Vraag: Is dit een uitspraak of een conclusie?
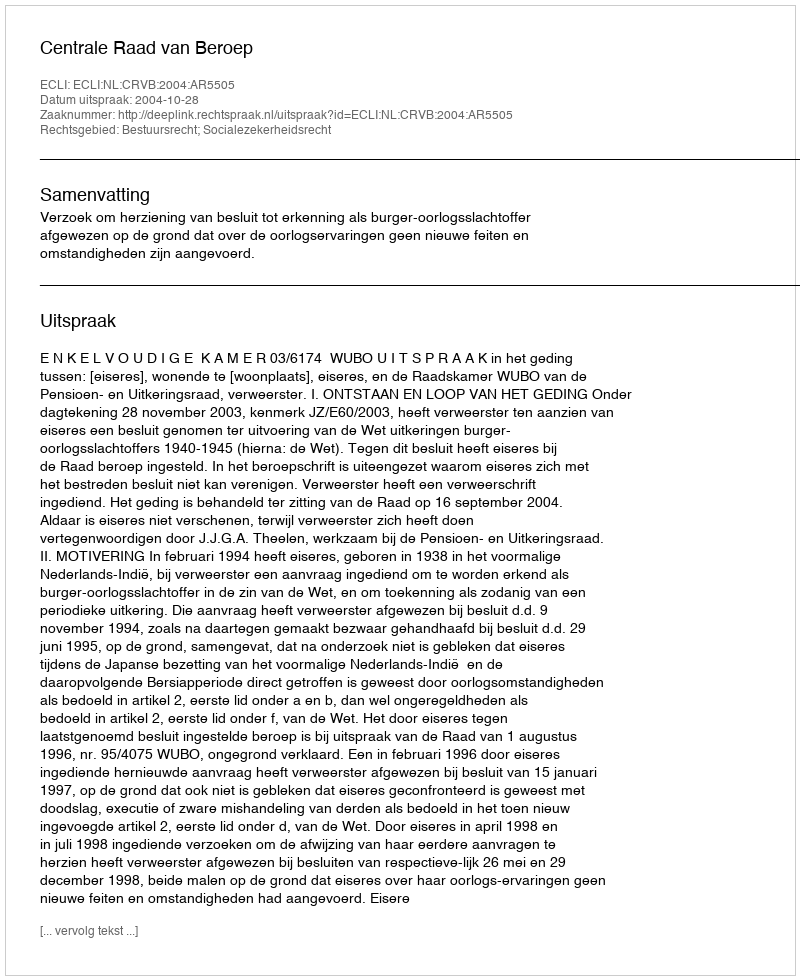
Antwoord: Uitspraak